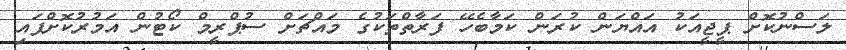
ލަސްނުކޮށް ޕީޖީއަކު އައްޔަން ކުރަން ކަމާބެހޭ ފަރާތްތަކުގެ މައްޗަށް ސުޕްރީމް ކޯޓުން އަމުރުކޮށްފައި